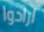
ارادوا